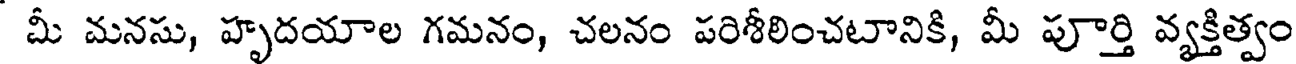
మీ మనసు, హృదయాల గమనం, చలనం పరిశీలించటానికి, మీ పూర్తి వ్యక్తిత్వం